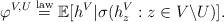
LaTeX: \begin{align*}\varphi^{V,U}\overset{\mathrm{law}}{=}\mathbb{E}[h^{V}|\sigma(h_{z}^{V}:z\in V\backslash U)].\end{align*}